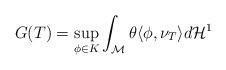
LaTeX: \begin{align*}G(T) = \sup_{\phi\in K} \int_{\mathcal{M}} \theta\langle \phi , \nu_T \rangle d\mathcal{H}^1 \end{align*}